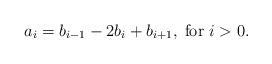
LaTeX: \begin{align*}a_i=b_{i-1}-2b_i+b_{i+1},\; \mbox{for $i>0$}.\end{align*}